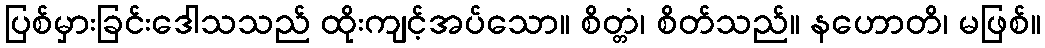
ပြစ်မှားခြင်းဒေါသသည် ထိုးကျင့်အပ်သော။ စိတ္တံ၊ စိတ်သည်။ နဟောတိ၊ မဖြစ်။